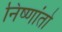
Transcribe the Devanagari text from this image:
निष्णांतो